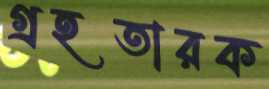
গ্রহতারক